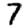
Digit: 7